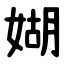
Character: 媩